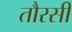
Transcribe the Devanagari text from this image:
तौरसी